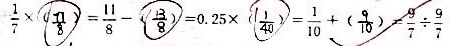
\frac { 1 } { 7 } \times ( \frac { 7 7 } { 8 } ) = \frac { 1 1 } { 8 } - ( \frac { 1 3 } { 8 } ) = 0 . 2 5 \times ( \frac { 1 } { 4 0 } ) = \frac { 1 } { 1 0 } + ( \frac { 9 } { 1 0 } ) = \frac { 9 } { 7 } \div \frac { 9 } { 7 }